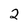
Character: 2